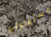
مسئوليتي